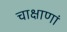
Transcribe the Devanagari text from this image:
चाक्षाणां